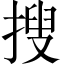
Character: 搜